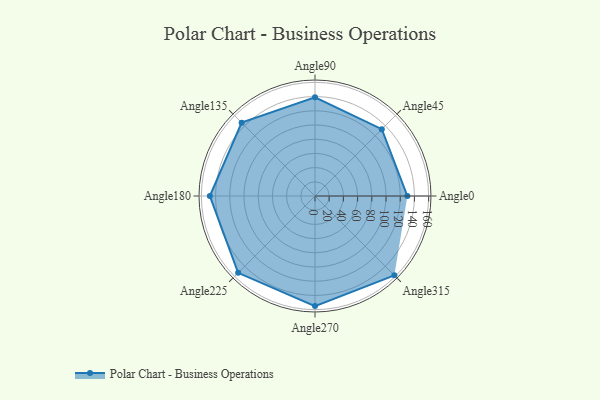
{"axis": {"x": "Angle", "y": "Radius"}, "legend": [""], "data": [{"x": "Angle0", "y": 130.0, "type": ""}, {"x": "Angle45", "y": 133.0, "type": ""}, {"x": "Angle90", "y": 139.0, "type": ""}, {"x": "Angle135", "y": 146.0, "type": ""}, {"x": "Angle180", "y": 148.0, "type": ""}, {"x": "Angle225", "y": 153.0, "type": ""}, {"x": "Angle270", "y": 155.0, "type": ""}, {"x": "Angle315", "y": 158.0, "type": ""}]}